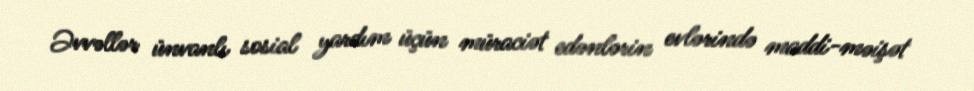
Əvvəllər ünvanlı sosial yardım üçün müraciət edənlərin evlərində maddi-məişət